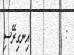
:         އިނގިރޭސި